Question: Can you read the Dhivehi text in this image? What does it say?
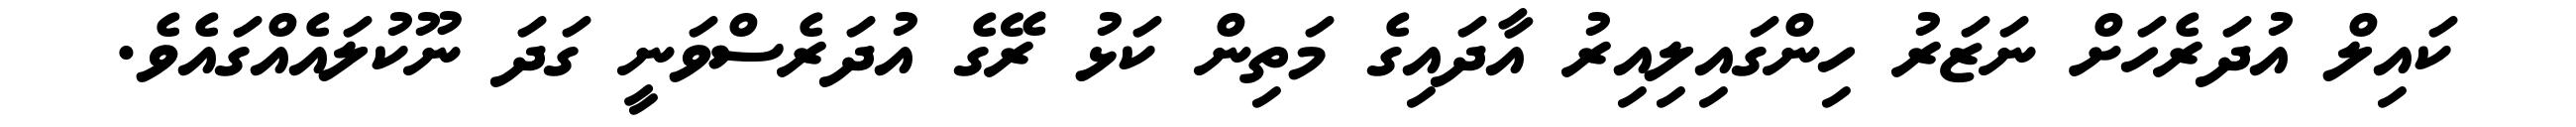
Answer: ކައިލް އުދަރެހަށް ނަޒަރު ހިންގައިލިއިރު އާދައިގެ މަތިން ކަޅު ރޭގެ އުދަރެސްވަނީ ގަދަ ނޫކުލައެއްގައެވެ.